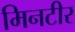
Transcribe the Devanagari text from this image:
मिनटीर